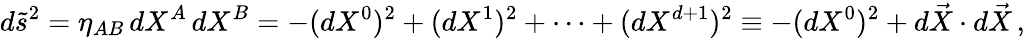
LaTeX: d\tilde{s}^{2}=\eta_{AB}\, dX^{A}\, dX^{B}=-(dX^{0})^{2}+(dX^{1})^{2}+\dots+(dX^{d+1})^{2}\equiv-(dX^{0})^{2}+d\vec{X}\cdot d\vec{X}\, ,